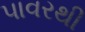
પાવરથી